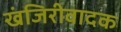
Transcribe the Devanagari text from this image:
खंजिरीवादक